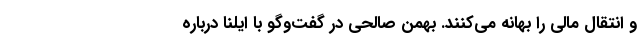
و انتقال مالی را بهانه می‌کنند. بهمن صالحی در گفت‌وگو با ایلنا درباره